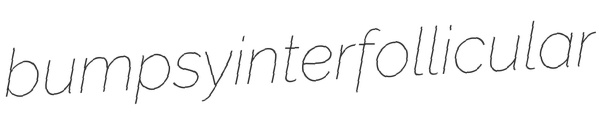
bumpsy interfollicular